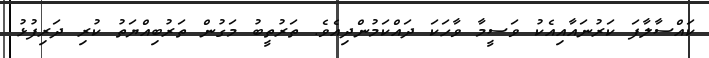
ކައްސާލާާފަ ކަރުނައާއިއެކު ވަސީމާ ވާހަކަ ދައްކަމުންދިއެވެ. ތަރުތީބު މަގުން ތަރުބިއްޔަތު ކުރި ދަރިފުޅު